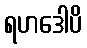
ရဟဒေါပိ